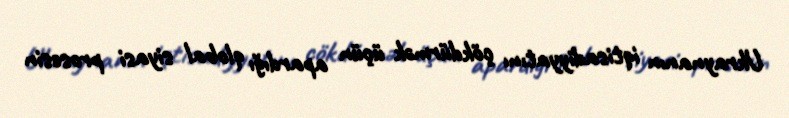
Ukraynanın iqtisadiyyatını çökdürmək üçün apardığı qlobal siyasi prosesin